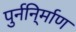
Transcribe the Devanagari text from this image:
पुर्ननि्र्माण